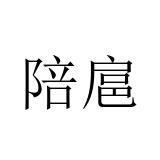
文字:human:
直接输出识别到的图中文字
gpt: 陪扈